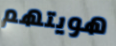
هويتهم